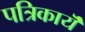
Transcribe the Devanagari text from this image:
पत्रिकायॆं